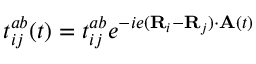
t _ { i j } ^ { a b } ( t ) = t _ { i j } ^ { a b } e ^ { - i e ( \mathbf { R } _ { i } - \mathbf { R } _ { j } ) \cdot \mathbf { A } ( t ) }